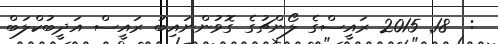
:  18